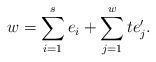
LaTeX: \begin{align*}w = \sum_{i=1}^s e_i + \sum_{j=1}^w t e_j'.\end{align*}